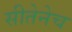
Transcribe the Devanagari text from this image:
सीतेनेच